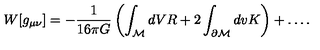
W [ g _ { \mu \nu } ] = - { \frac { 1 } { 1 6 \pi G } } \left( \int _ { \cal M } d V R + 2 \int _ { \partial { \cal M } } d v K \right) + \ldots .